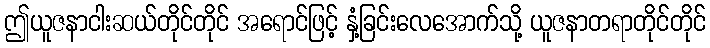
ဤယူဇနာငါးဆယ်တိုင်တိုင် အရောင်ဖြင့် နှံ့ခြင်းလေအောက်သို့ ယူဇနာတရာတိုင်တိုင်